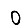
Digit: 0